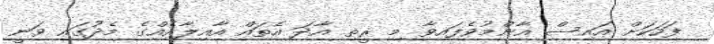
ފަހަކަށް އައިސް އާންމުވެފައިވާ މި ރީތި އާދަ އެތައް އާއިލާއެއްގެ މެދުގައި ވަނީ